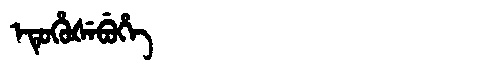
Manchu: ᡝᡨᡠᡥᡠᡧᡝᠪᡠᡥᡝ
Romanization: ETUHUŠEBUHE